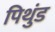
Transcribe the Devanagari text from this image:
पिथुंड